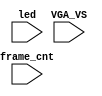
`timescale 1ns/1ps

module mist_dump(
    input           VGA_VS,
    input           led,
    input   [31:0]  frame_cnt
);

`ifdef DUMP
`ifndef NCVERILOG // iVerilog:
    initial begin
        // #(200*100*1000*1000);
        $display("DUMP enabled");
        $dumpfile("test.lxt");
    end
    `ifdef LOADROM
    always @(negedge led) if( $time > 20000 ) begin // led = downloading signal
        $display("DUMP starts");
        $dumpvars(0,mist_test);
        $dumpon;
    end
    `else
        `ifdef DUMP_START
        always @(negedge VGA_VS) if( frame_cnt==`DUMP_START ) begin
        `else
            initial begin
        `endif
            $display("DUMP starts");
            `ifdef DEEPDUMP
                $dumpvars(0,mist_test);
            `else
                $dumpvars(1,mist_test.UUT.u_game.u_main);
                $dumpvars(1,mist_test.frame_cnt);
            `endif
            $dumpon;
        end
    `endif
`else // NCVERILOG
    `ifdef DUMP_START
    always @(negedge VGA_VS) if( frame_cnt==`DUMP_START ) begin
    `else
    initial begin
    `endif
        $shm_open("test.shm");
        `ifdef DEEPDUMP
            $display("NC Verilog: will dump all signals");
            $shm_probe(mist_test,"AS");
        `else
            $display("NC Verilog: will dump selected signals");
            $shm_probe(frame_cnt);
            //$shm_probe(UUT.u_game,"A");
            //$shm_probe(UUT.u_game.u_sdram,"A");
            `ifndef NOSOUND
                $shm_probe(UUT.u_game.u_sound,"A");
                $shm_probe(UUT.u_game.u_sound.u_pcm,"AS");
            `endif
            `ifndef NOMAIN
                //$shm_probe(UUT.u_game,"AS");
                $shm_probe(UUT.u_game.u_main,"A");
                $shm_probe(UUT.u_game.u_main.u_dtack,"A");
                //$shm_probe(UUT.u_game.u_main.u_dec,"A");
                //$shm_probe(UUT.u_game.u_main.u_cpu,"A");
            `endif
            `ifndef NOMCU
                $shm_probe(UUT.u_game.u_main.u_mcu,"A");
            `endif
            //`ifdef FD1094
            //    $shm_probe(UUT.u_game.u_main.u_dec,"AS");
            //`endif
            //$shm_probe(UUT.u_game.u_sound,"A");
            //$shm_probe(UUT.u_game.u_video,"A");
            //$shm_probe(UUT.u_game.u_video.u_colmix,"A");
            `ifdef LOADROM
                $shm_probe(UUT.u_game.u_sdram.u_dwnld,"A");
            `endif
        `endif
    end
`endif
`endif

endmodule // mist_dump